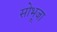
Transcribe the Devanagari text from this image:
सोभूजा